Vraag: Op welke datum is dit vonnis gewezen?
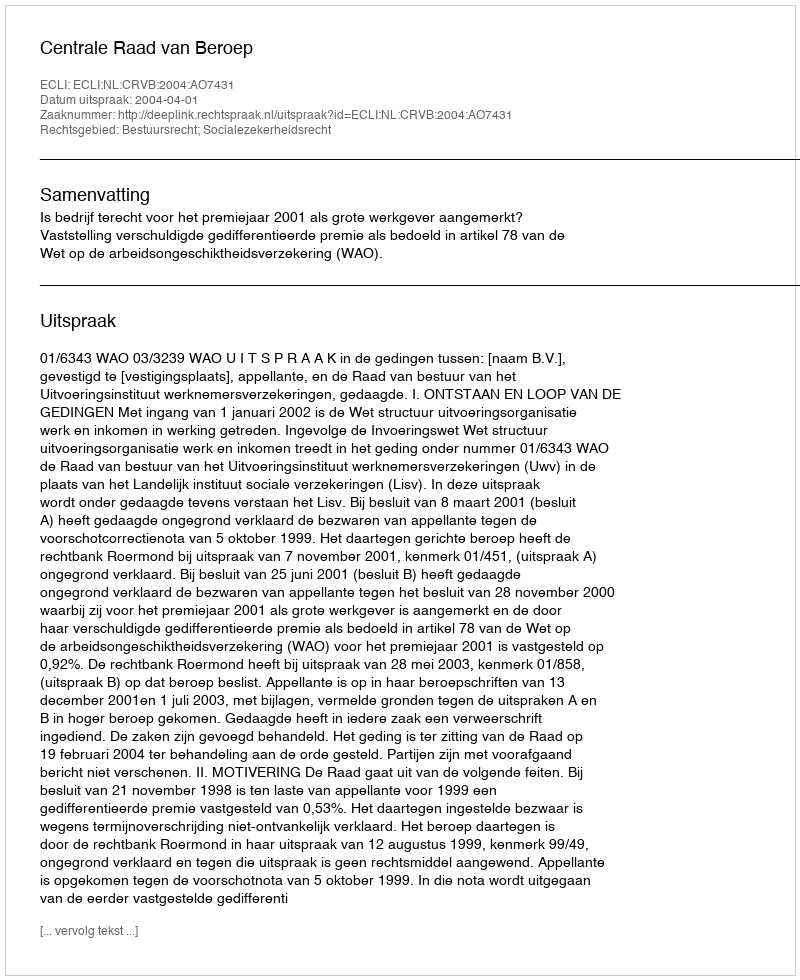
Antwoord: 2004-04-01